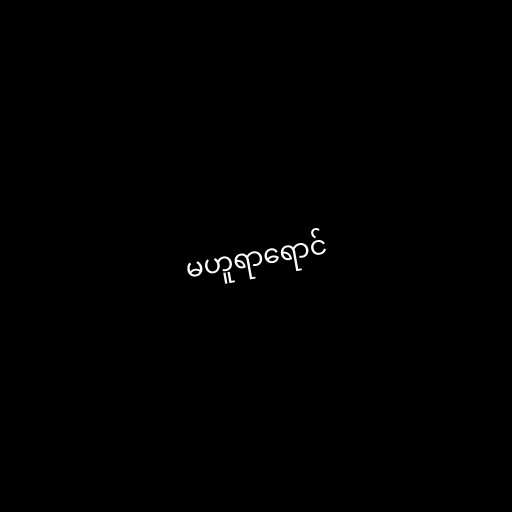
မဟူရာရောင်